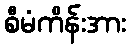
စီမံကိန်းအား